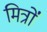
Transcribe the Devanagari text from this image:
मित्रोंं